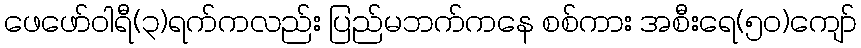
ဖေဖော်ဝါရီ(၃)ရက်ကလည်း ပြည်မဘက်ကနေ စစ်ကား အစီးရေ(၅၀)ကျော်